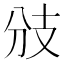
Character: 𢺹